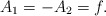
\begin{align*}A_1=-A_2=f.\end{align*}